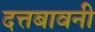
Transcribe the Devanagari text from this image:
दत्तबावनी